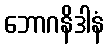
ဘောဂနိဒါနံ